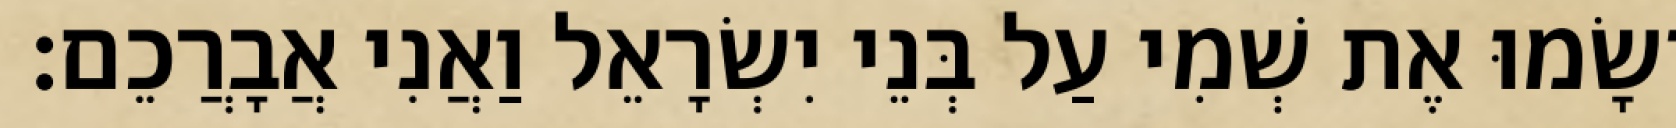
וְשָׂמוּ אֶת שְׁמִי עַל בְּנֵי יִשְׂרָאֵל וַאֲנִי אֲבָרֲכֵם׃